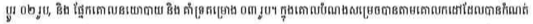
ប្តូរ ០២, រូប និង ផ្នែកគោលនយោបាយ និង គាំទ្រគម្រោង ០៣ រូប។ ក្នុងគោលបំណងសម្រេចបានតាមគោលកដៅដែលបានកំណត់